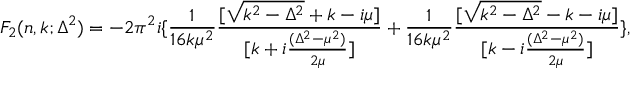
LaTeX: F _ { 2 } ( n , k ; \Delta ^ { 2 } ) = - 2 \pi ^ { 2 } i \{ \frac { 1 } { 1 6 k \mu ^ { 2 } } \frac { [ \sqrt { k ^ { 2 } - \Delta ^ { 2 } } + k - i \mu ] } { [ k + i \frac { ( \Delta ^ { 2 } - \mu ^ { 2 } ) } { 2 \mu } ] } + \frac { 1 } { 1 6 k \mu ^ { 2 } } \frac { [ \sqrt { k ^ { 2 } - \Delta ^ { 2 } } - k - i \mu ] } { [ k - i \frac { ( \Delta ^ { 2 } - \mu ^ { 2 } ) } { 2 \mu } ] } \} ,